Malaria in the Duars
Disease focus: Malaria
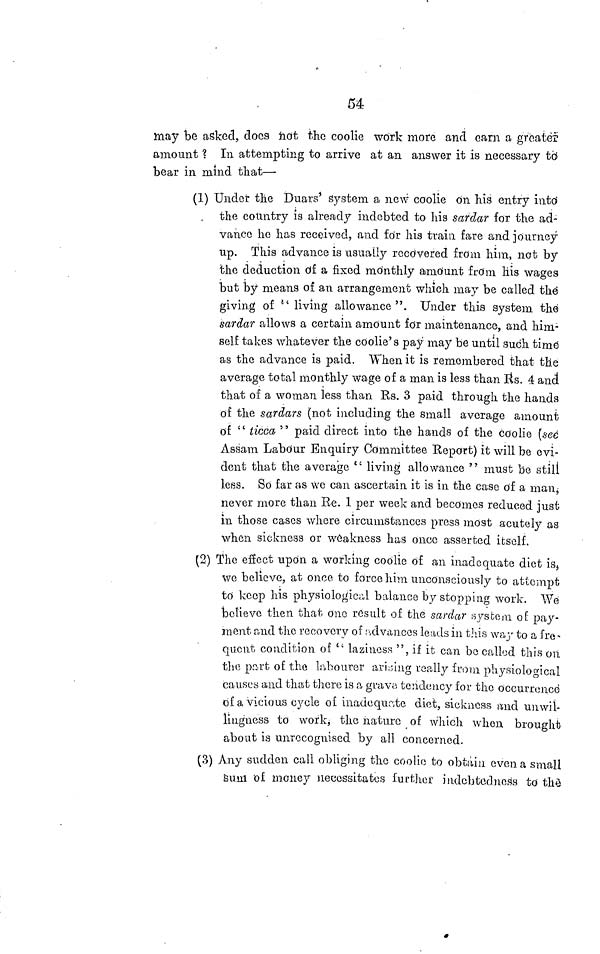
54
may be asked, docs hot the coolie work more and earn a greater
amount ? In attempting to arrive at an answer it is necessary to
bear in mind that—
(1) Under the Duars' system a new coolie on his entry into
the country is already indebted to his sardar for the ad-
vance he has received, and for his train fare and journey
up. This advance is usually recovered from him, not by
the deduction of a fixed monthly amount from his wages
but by means of an arrangement which may be called the
giving of " living allowance". Under this system the
sardar allows a certain amount for maintenance, and him-
self takes whatever the coolie's pay may be until such time
as the advance is paid. When it is remembered that the
average total monthly wage of a man is less than Rs. 4 and
that of a woman less than Rs. 3 paid through the hands
of the sardars (not including the small average amount
of " ticca " paid direct into the hands of the coolie (sec
Assam Labour Enquiry Committee Report) it will be evi-
dent that the average " living allowance " must be still
less. So far as we can ascertain it is in the case of a man;
never more than Re. 1 per week and becomes reduced just
in those cases where circumstances press most acutely as
when sickness or weakness has once asserted itself.
(2) The effect upon a working coolie of an inadequate diet is,
we believe, at once to force him unconsciously to attempt
to keep his physiological balance by stopping work. We
believe then that one result of the sardar system of pay-
ment and the recovery of advances leads in this way to a fre-
quent condition of " laziness ", if it can be called this on
the part of the labourer arising really from physiological
causes and that there is a grave tendency for the occurrence
of a vicious cycle of inadequate diet, sickness and unwil-
lingness to work, the nature of which when brought
about is unrecognised by all concerned.
(3) Any sudden call obliging the coolie to obtain even a small
Sum of money necessitates further indebtedness to the